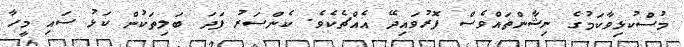
މުސްކުޅިވާކަމުގެ ނިޝާންތައްވެސް ފޮރުވައިދޭ އެއްޗެކެވެ. ކެންސަރު ފަދަ ބަލިތަކުން ކަޅު ސައި މީހާ